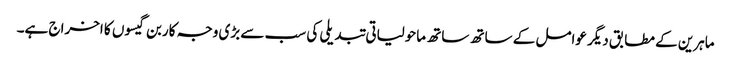
ماہرین کے مطابق دیگر عوامل کے ساتھ ساتھ ماحولیاتی تبدیلی کی سب سے بڑی وجہ کاربن گیسوں کا اخراج ہے۔